Leaving Certificate Examination, 1919
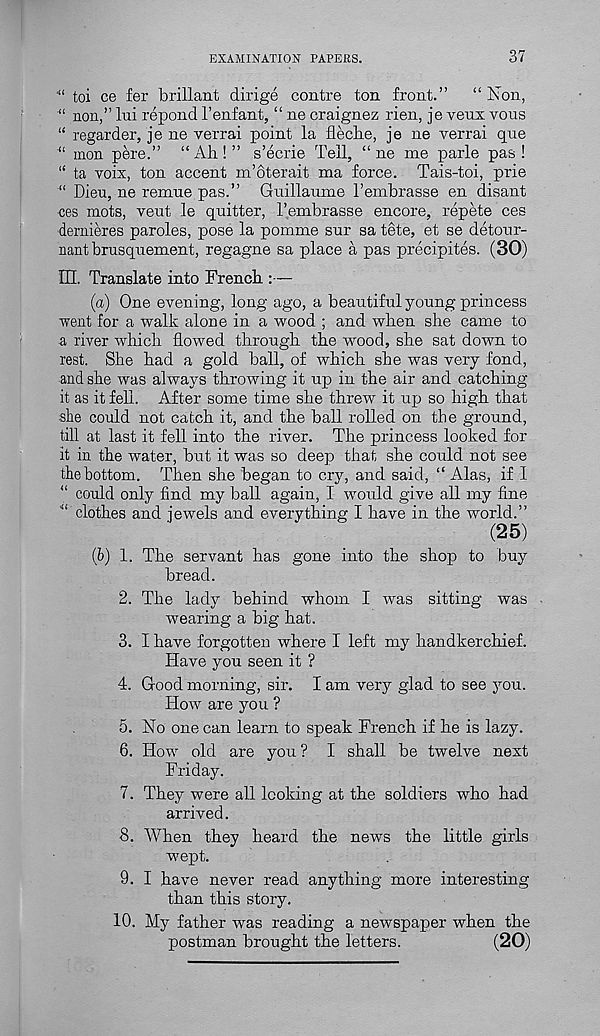
EXAMINATION PAPERS.
37
toi ce fer brillant dirige centre ton front.”
“ Non,
“ non,” lui repond 1’enfant, “ ne craignez rien, je venx vous
“ regarder, je ne verrai point la fleche, je ne verrai que
“ mon pere.” “Ah!” s’ecrie Tell, “ ne me parle pas!
“ ta voix, ton accent m’oterait ma force. Tais-toi, prie
“ Dieu, ne remne pas.” Guillaume Tembrasse en disant
ces mots, veut le quitter, I’embrasse encore, repete ces
dernieres paroles, pose la pomme sur sa tete, et se detour-
nant brusquement, regagne sa place a pas precipites. (30)
III. Translate into French :—
(a) One evening, long ago, a beautiful young princess
went for a walk alone in a wood ; and when she came to
a river which flowed through the wood, she sat down to
rest. She had a gold ball, of which she was very fond,
and she was always throwing it up in the air and catching
it as it fell. After some time she threw it up so high that
she could not catch it, and the ball rolled on the ground,
till at last it fell into the river. The princess looked for
it in the water, but it was so deep that she could not see
the bottom. Then she began to cry, and said, “ Alas, if I
“ could only find my ball again, I would give all my fine
clothes and jewels and everything I have in the world.”
(25)
(h) 1. The servant has gone into the shop to buy
bread.
2. The lady behind whom I was sitting was
wearing a big hat.
3. I have forgotten where I left my handkerchief.
Have you seen it ?
4. Good morning, sir. I am very glad to see you.
How are you ?
5. No one can learn to speak French if he is lazy.
6. How old are you ? I shall be twelve next
Friday.
7. They were all looking at the soldiers who had
arrived.
8. When they heard the news the little girls
wept.
9. I have never read anything more interesting
than this story.
10. My father was reading a newspaper when the
postman brought the letters.
(20)